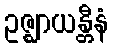
ဥဇ္ဈာယန္တီနံ